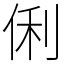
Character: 俐